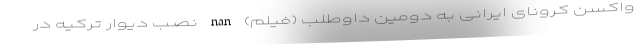
واکسن کرونای ایرانی به دومین داوطلب (فیلم) nan نصب دیوار ترکیه در